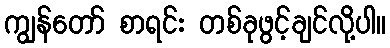
ကျွန်တော် စာရင်း တစ်ခုဖွင့်ချင်လို့ပါ။